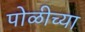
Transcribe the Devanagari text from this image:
पोळीच्या